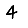
Digit: 4